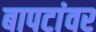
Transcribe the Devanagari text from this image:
बापटांवर